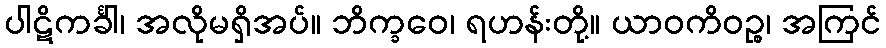
ပါဋိကင်္ခါ၊ အလိုမရှိအပ်။ ဘိက္ခဝေ၊ ရဟန်းတို့။ ယာဝကိဝဉ္စ၊ အကြင်